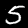
Label: 5